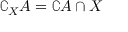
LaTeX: \complement _ { X } A = \complement A \cap X